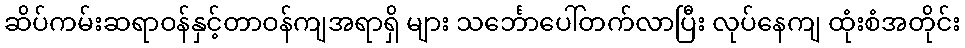
ဆိပ်ကမ်းဆရာဝန်နှင့်တာဝန်ကျအရာရှိ များ သင်္ဘောပေါ်တက်လာပြီး လုပ်နေကျ ထုံးစံအတိုင်း